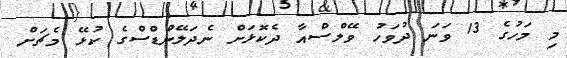
މި މަހުގެ 13 ވަނަ ދުވަހު ވޭލްސްއާ ދެކޮޅަށް ނެދަލޭންޑްސްގެ ކުޅޭ މެޗަށް